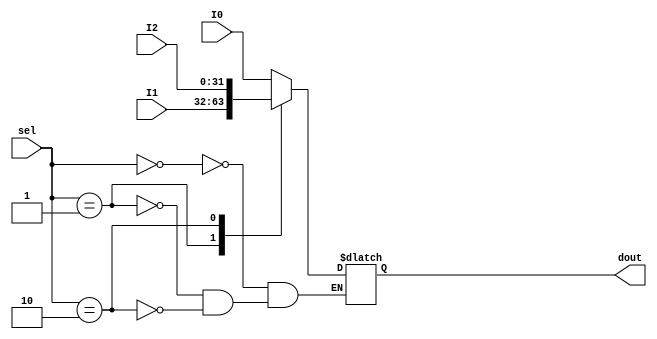
`timescale 1ns / 1ps



module Mux3to1#(
    parameter WL = 32
        )(
        input [WL-1:0] I0, I1, I2,
        input [1:0] sel,
        output reg [WL-1:0] dout 
    );
    
always @* begin
    case (sel)
        0: dout = I0;
        1: dout = I1;
        2: dout = I2;
    endcase    
end    
endmodule